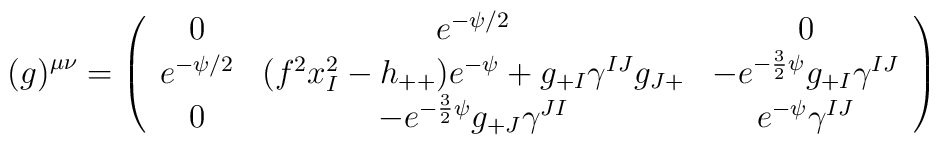
(g)^{\mu\nu}=\left(\begin{array}{ccc}0 & e^{-\psi/2} & 0 \\e^{-\psi/2} & (f^{2}x^{2}_{I}-h_{++})e^{-\psi}+g_{+I}\gamma^{IJ}g_{J+} & -e^{-\frac{3}{2}\psi}g_{+I}\gamma^{IJ} \\0 & -e^{-\frac{3}{2}\psi} g_{+J}\gamma^{JI} & e^{-\psi}\gamma^{IJ}\end{array}\right)